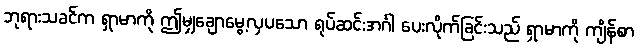
ဘုရားသခင်က ရှာမာကို ဤမျှချောမွေ့လှပသော ရုပ်ဆင်းအင်္ဂါ ပေးလိုက်ခြင်းသည် ရှာမာကို ကျိန်စာ